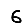
Digit: 6